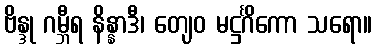
ဗိန္ဒု ဂမ္ဘီရ နိန္နာဒီ၊ တျေဝ မဋ္ဌင်္ဂိကော သရော။